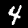
Digit: 4